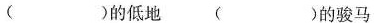
( )的低地 ( )的骏马